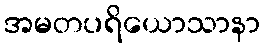
အမတပရိယောသာနာ